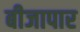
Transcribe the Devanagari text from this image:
बीजापार